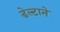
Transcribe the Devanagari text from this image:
डेल्टाने